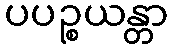
ပပဉ္စယန္တာ